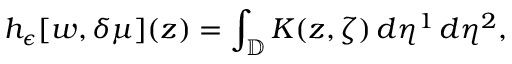
h _ { \epsilon } [ w , \delta \mu ] ( z ) = \int _ { \mathbb { D } } K ( z , \zeta ) \, d \eta ^ { 1 } \, d \eta ^ { 2 } ,